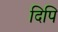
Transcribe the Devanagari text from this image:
दिपि